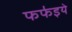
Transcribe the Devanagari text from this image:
फफ॑इये